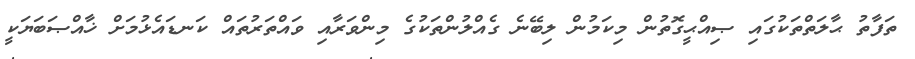
ތަފާތު ޙާލަތްތަކުގައި ޞިއްޙީގޮތުން މިކަމުން ލިބޭނެ ގެއްލުންތަކުގެ މިންވަރާއި ވައްތަރުތައް ކަނޑައެޅުމަށް ޚާއްޞަބަޔަކީ